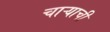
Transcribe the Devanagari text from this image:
चाऱ्याची